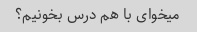
میخوای با هم درس بخونیم؟